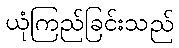
ယုံကြည်ခြင်းသည်